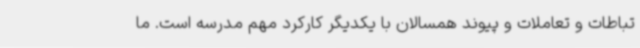
تباطات و تعاملات و پیوند همسالان با یکدیگر کارکرد مهم مدرسه است. ما